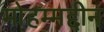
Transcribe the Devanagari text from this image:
मोहम्मद्दीन